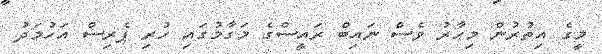
މީގެ އިތުރުން މިހާރު ވެސް ނައިބް ރައީސްގެ މަގާމުގައި ހުރި ޕެރިސް އަހުމަދު